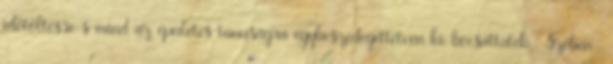
időtöltésre s mind az épületes tanuságra egybeszedegettetvén ki-bocsáttaték. Szeben ,